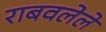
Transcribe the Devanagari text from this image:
राबवलेले